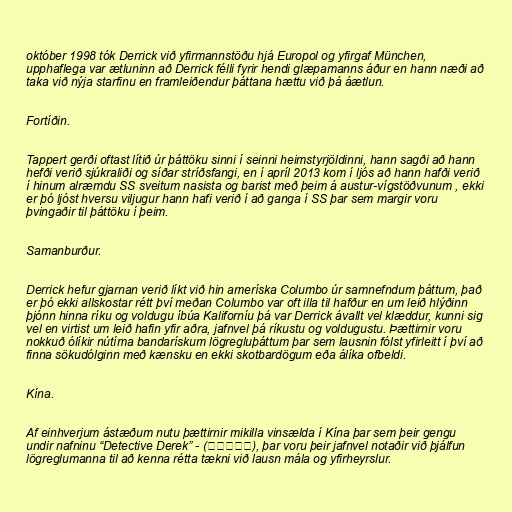
október 1998 tók Derrick við yfirmannstöðu hjá Europol og yfirgaf München,
upphaflega var ætluninn að Derrick félli fyrir hendi glæpamanns áður en hann næði að
taka við nýja starfinu en framleiðendur þáttana hættu við þá áætlun.

Fortíðin.

Tappert gerði oftast lítið úr þáttöku sinni í seinni heimstyrjöldinni, hann sagði að hann
hefði verið sjúkraliði og síðar stríðsfangi, en í apríl 2013 kom í ljós að hann hafði verið
í hinum alræmdu SS sveitum nasista og barist með þeim á austur-vígstöðvunum , ekki
er þó ljóst hversu viljugur hann hafi verið í að ganga í SS þar sem margir voru
þvingaðir til þáttöku í þeim.

Samanburður.

Derrick hefur gjarnan verið líkt við hin ameríska Columbo úr samnefndum þáttum, það
er þó ekki allskostar rétt því meðan Columbo var oft illa til hafður en um leið hlýðinn
þjónn hinna ríku og voldugu íbúa Kaliforníu þá var Derrick ávallt vel klæddur, kunni sig
vel en virtist um leið hafin yfir aðra, jafnvel þá ríkustu og voldugustu. Þættirnir voru
nokkuð ólíkir nútíma bandarískum lögregluþáttum þar sem lausnin fólst yfirleitt í því að
finna sökudólginn með kænsku en ekki skotbardögum eða álíka ofbeldi.

Kína.

Af einhverjum ástæðum nutu þættirnir mikilla vinsælda í Kína þar sem þeir gengu
undir nafninu “Detective Derek” - (探长德里克), þar voru þeir jafnvel notaðir við þjálfun
lögreglumanna til að kenna rétta tækni við lausn mála og yfirheyrslur.